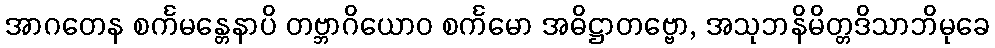
အာဂတေန စင်္ကမန္တေနာပိ တဗ္ဘာဂိယောဝ စင်္ကမော အဓိဋ္ဌာတဗ္ဗော, အသုဘနိမိတ္တဒိသာဘိမုခေ